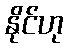
နိုင်ဟု